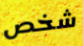
شخص